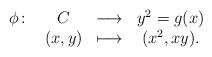
LaTeX: \begin{align*}\begin{array}{rccc}\phi\colon &C& \longrightarrow & y^2=g(x)\\&(x,y)& \longmapsto & (x^2,xy).\end{array}\end{align*}